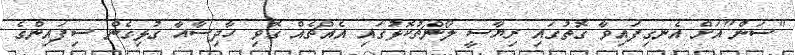
"ސަން"އަށް އެނގިފައިވާ ގޮތުގައި ރިޔާސީ ލޯންޗުކޮޅުގައި އެއްޗެއް ގޮވި ހާދިސާއާ ގުޅިގެން ސިފައިންގެ